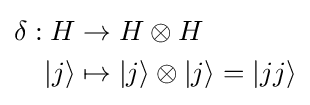
{\begin{aligned}\delta :H&\to H\otimes H\\|j\rangle &\mapsto |j\rangle \otimes |j\rangle =|jj\rangle \\\end{aligned}}